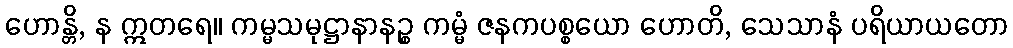
ဟောန္တိ, န ဣတရေ။ ကမ္မသမုဋ္ဌာနာနဉ္စ ကမ္မံ ဇနကပစ္စယော ဟောတိ, သေသာနံ ပရိယာယတော